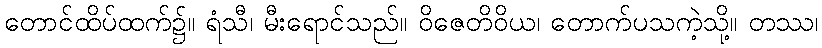
တောင်ထိပ်ထက်၌။ ရံသီ၊ မီးရောင်သည်။ ဝိဇေတိဝိယ၊ တောက်ပသကဲ့သို့။ တဿ၊